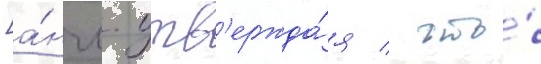
[а́нгл. утв'ержда́я / что́